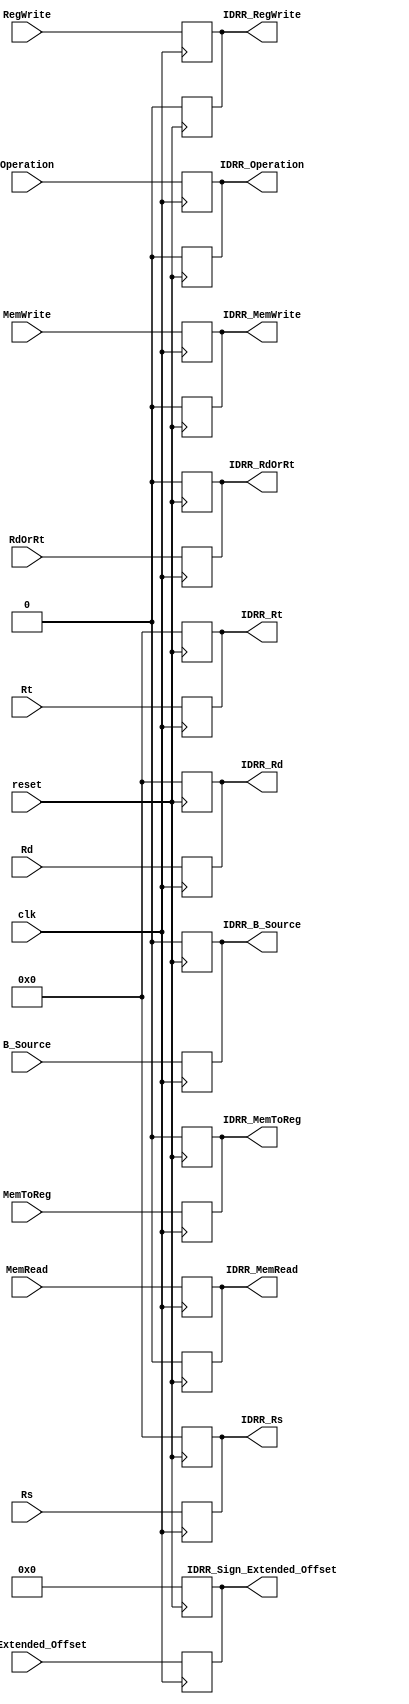
`timescale 1ns / 1ps

module IDRR(
    input clk,
    input reset,
    input RegWrite,
    input MemRead,
    input MemWrite,
    input MemToReg,
    input B_Source,
    input Operation,
    input RdOrRt,
    input [4:0] Rs,
    input [4:0] Rt,
    input [4:0] Rd,
    input [31:0] Sign_Extended_Offset,
    output reg IDRR_RegWrite,
    output reg IDRR_MemRead,
    output reg IDRR_MemWrite,
    output reg IDRR_MemToReg,    
    output reg IDRR_B_Source,
    output reg IDRR_Operation,
    output reg IDRR_RdOrRt,
    output reg [4:0] IDRR_Rs,
    output reg [4:0] IDRR_Rt,
    output reg [4:0] IDRR_Rd,
    output reg [31:0] IDRR_Sign_Extended_Offset
);

always @ (negedge reset) begin
    IDRR_Rs <= 5'b00000;
    IDRR_Rt <= 5'b00000;
    IDRR_Rd <= 5'b00000;
    IDRR_Sign_Extended_Offset <= 32'h00000000;
    IDRR_RegWrite <= 0;
    IDRR_MemRead <= 0;
    IDRR_MemWrite <= 0;
    IDRR_MemToReg <= 0;
    IDRR_B_Source <= 0;
    IDRR_Operation <= 0;
    IDRR_RdOrRt <= 0;
end

always @ (posedge clk) begin
    IDRR_Rs <= Rs;
    IDRR_Rt <= Rt;
    IDRR_Rd <= Rd;
    IDRR_Sign_Extended_Offset <= Sign_Extended_Offset;
    IDRR_RegWrite <= RegWrite;
    IDRR_MemRead <= MemRead;
    IDRR_MemWrite <= MemWrite;
    IDRR_MemToReg <= MemToReg;
    IDRR_B_Source <= B_Source;
    IDRR_Operation <= Operation;
    IDRR_RdOrRt <= RdOrRt;
end
endmodule